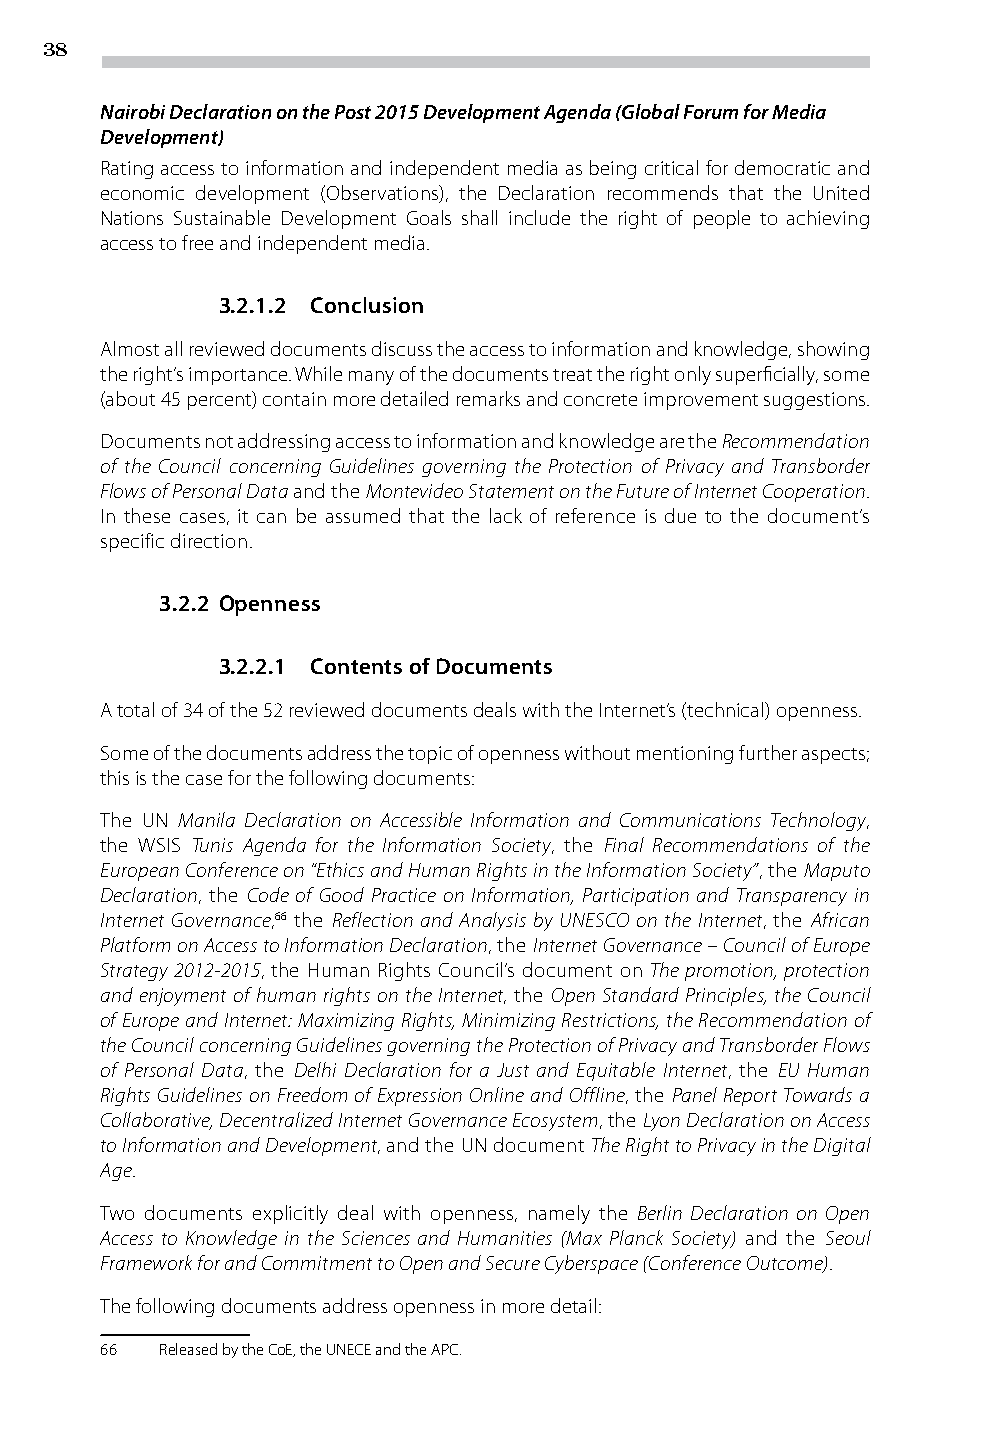
38
 Nairobi Declaration on the Post 2015 Development Agenda (Global Forum for Media
 Development)
 Rating access to information and independent media as being critical for democratic and
 economic development (Observations), the Declaration recommends that the United
 Nations Sustainable Development Goals shall include the right of people to achieving
 access to free and independent media.
 3.2.1.2 Conclusion
 Almost all reviewed documents discuss the access to information and knowledge, showing
 the right’s importance. While many of the documents treat the right only superficially, some
 (about 45 percent) contain more detailed remarks and concrete improvement suggestions.
 Documents not addressing access to information and knowledge are the Recommendation
 of the Council concerning Guidelines governing the Protection of Privacy and Transborder
 Flows of Personal Data and the Montevideo Statement on the Future of Internet Cooperation.
 In these cases, it can be assumed that the lack of reference is due to the document’s
 specific direction.
 3.2.2 Openness
 3.2.2.1 Contents of Documents
 A total of 34 of the 52 reviewed documents deals with the Internet’s (technical) openness.
 Some of the documents address the topic of openness without mentioning further aspects;
 this is the case for the following documents:
 The UN Manila Declaration on Accessible Information and Communications Technology,
 the WSIS Tunis Agenda for the Information Society, the Final Recommendations of the
 European Conference on “Ethics and Human Rights in the Information Society”, the Maputo
 Declaration, the Code of Good Practice on Information, Participation and Transparency in
 Internet Governance,66 the Reflection and Analysis by UNESCO on the Internet, the African
 Platform on Access to Information Declaration, the Internet Governance – Council of Europe
 Strategy 2012-2015, the Human Rights Council’s document on The promotion, protection
 and enjoyment of human rights on the Internet, the Open Standard Principles, the Council
 of Europe and Internet: Maximizing Rights, Minimizing Restrictions, the Recommendation of
 the Council concerning Guidelines governing the Protection of Privacy and Transborder Flows
 of Personal Data, the Delhi Declaration for a Just and Equitable Internet, the EU Human
 Rights Guidelines on Freedom of Expression Online and Offline, the Panel Report Towards a
 Collaborative, Decentralized Internet Governance Ecosystem, the Lyon Declaration on Access
 to Information and Development, and the UN document The Right to Privacy in the Digital
 Age.
 Two documents explicitly deal with openness, namely the Berlin Declaration on Open
 Access to Knowledge in the Sciences and Humanities (Max Planck Society) and the Seoul
 Framework for and Commitment to Open and Secure Cyberspace (Conference Outcome).
 The following documents address openness in more detail:
 66  Released by the CoE, the UNECE and the APC.